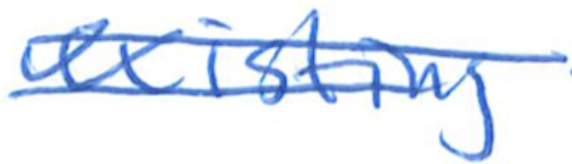
Text: existing
Cross-out: mix
Writing tool: ballpoint